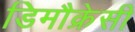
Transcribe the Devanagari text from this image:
डिमौक्रेसी